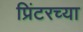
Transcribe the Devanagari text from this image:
प्रिंटरच्या